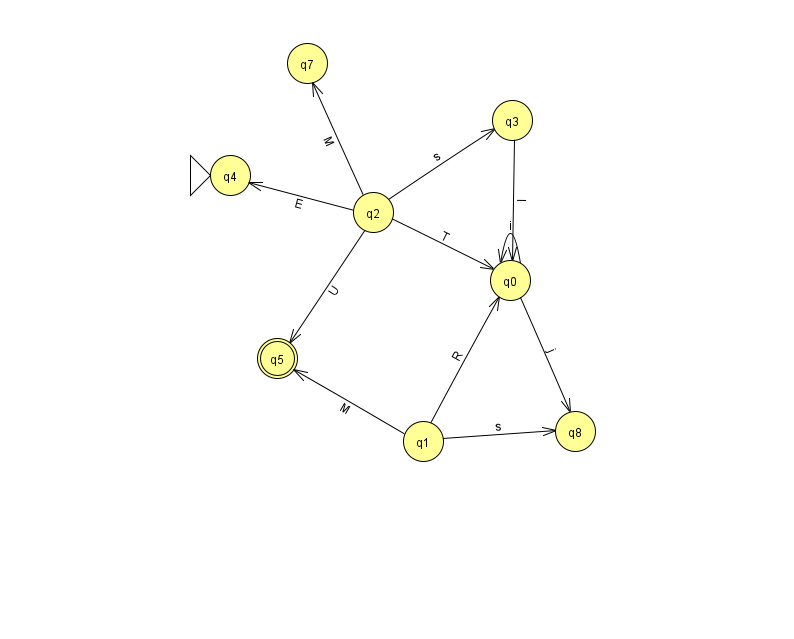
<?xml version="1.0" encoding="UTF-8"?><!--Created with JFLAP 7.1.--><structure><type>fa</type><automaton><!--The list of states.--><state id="0" name="q0"><x>510.0</x><y>267.0</y></state><state id="1" name="q1"><x>423.0</x><y>428.0</y></state><state id="2" name="q2"><x>373.0</x><y>199.0</y></state><state id="3" name="q3"><x>512.0</x><y>107.0</y></state><state id="4" name="q4"><x>230.0</x><y>162.0</y><initial/></state><state id="5" name="q5"><x>277.0</x><y>345.0</y><final/></state><state id="7" name="q7"><x>307.0</x><y>50.0</y></state><state id="8" name="q8"><x>575.0</x><y>418.0</y></state><!--The list of transitions.--><transition><from>0</from><to>8</to><read>j</read></transition><transition><from>2</from><to>3</to><read>s</read></transition><transition><from>2</from><to>7</to><read>M</read></transition><transition><from>1</from><to>0</to><read>R</read></transition><transition><from>1</from><to>5</to><read>M</read></transition><transition><from>2</from><to>0</to><read>T</read></transition><transition><from>2</from><to>4</to><read>E</read></transition><transition><from>0</from><to>0</to><read>i</read></transition><transition><from>1</from><to>8</to><read>s</read></transition><transition><from>3</from><to>0</to><read>I</read></transition><transition><from>2</from><to>5</to><read>U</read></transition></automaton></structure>